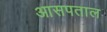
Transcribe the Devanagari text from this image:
आसपताल